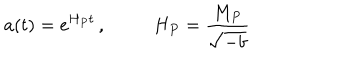
a ( t ) = e ^ { H _ { P } t } \, , \, \, \, \, \, \, \, \, \, \, \, \, \, \, \, H _ { P } = \frac { M _ { P } } { \sqrt { - b } }